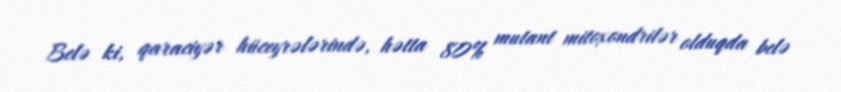
Belə ki, qaraciyər hüceyrələrində, hətta 80% mutant mitoxondrilər olduqda belə